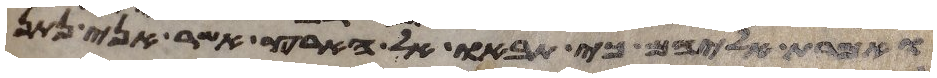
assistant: ואמרת אליהם כי תבאו אל הארץ אשר אני נתן